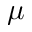
\mu